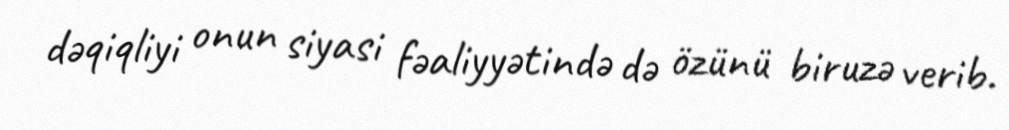
dəqiqliyi onun siyasi fəaliyyətində də özünü biruzə verib.